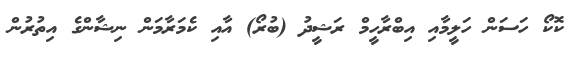
ކޮކޯ ހަސަން ހަލީމާއި އިބްރާހީމް ރަޝީދު (ބުރޯ) އާއި ކެމަރާމަން ނިޝާންގެ އިތުރުން